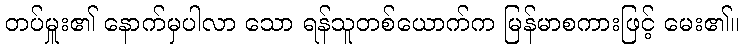
တပ်မှူး၏ နောက်မှပါလာ သော ရန်သူတစ်ယောက်က မြန်မာစကားဖြင့် မေး၏။